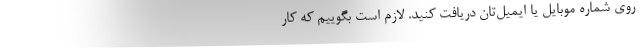
روی شماره موبایل یا ایمیل‌تان دریافت کنید. لازم است بگوییم که کار